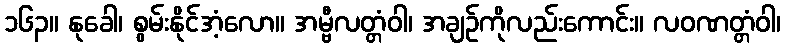
၁၆၃။ နုခေါ၊ စွမ်းနိုင်အံ့လော။ အမ္ဗီလတ္တံဝါ၊ အချဉ်ကိုလည်းကောင်း။ လဝဏတ္တံဝါ၊